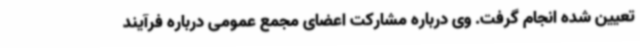
تعیین شده انجام گرفت. وی درباره مشارکت اعضای مجمع عمومی درباره فرآیند